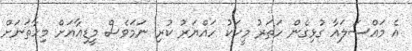
އެ މައްސަލައާ ގުޅިގެން ހަތަރު މީހަކު ހައްޔަރު ކުރި ނަމަވެސް މީޑިއާއަށް މިހާތަނަށް